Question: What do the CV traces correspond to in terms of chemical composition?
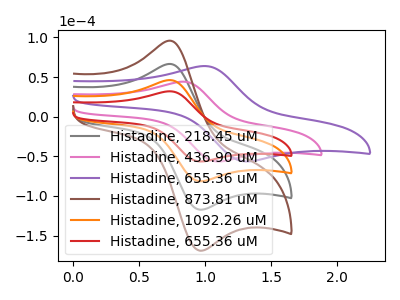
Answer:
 <answer>The gray curve is labeled "Histadine, 218.45 uM". The pink curve is labeled "Histadine, 436.90 uM". The purple curve is labeled "Histadine, 655.36 uM". The brown curve is labeled "Histadine, 873.81 uM". The orange curve is labeled "Histadine, 1092.26 uM". The red curve is labeled "Histadine, 655.36 uM".</answer>
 <eval></eval>